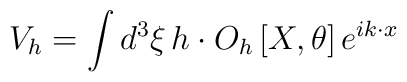
V_{h}= \int d^3\xi\,  h\cdot O_h\left[X,\theta\right]e^{i  k \cdot x}